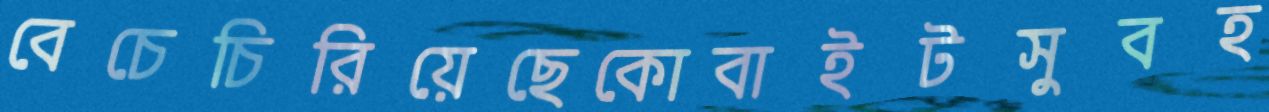
বেচেচিরিয়েছেকোবাইটসুবহ